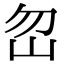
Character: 𡵶